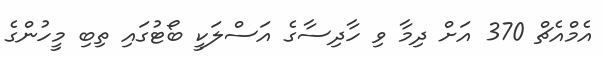
އެމްއެޗް 370 އަށް ދިމާ ވި ހާދިސާގެ އަސްލަކީ ބޯޓުގައި ތިބި މީހުންގެ